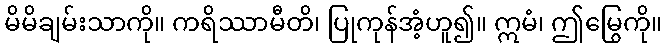
မိမိချမ်းသာကို။ ကရိဿာမီတိ၊ ပြုကုန်အံ့ဟူ၍။ ဣမံ၊ ဤမြွေကို။